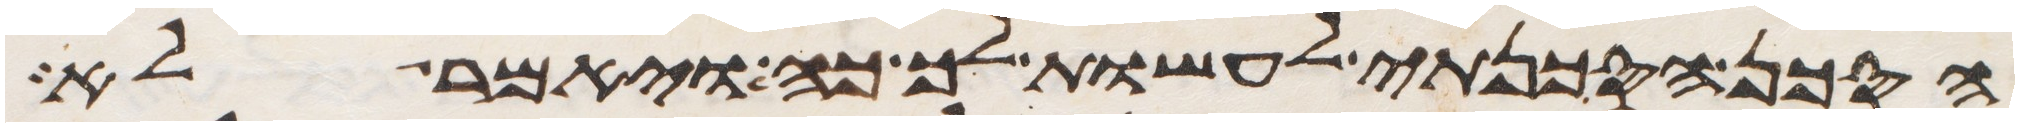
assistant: הסכן הסכנתי לעשות לך כה ויאמר לא